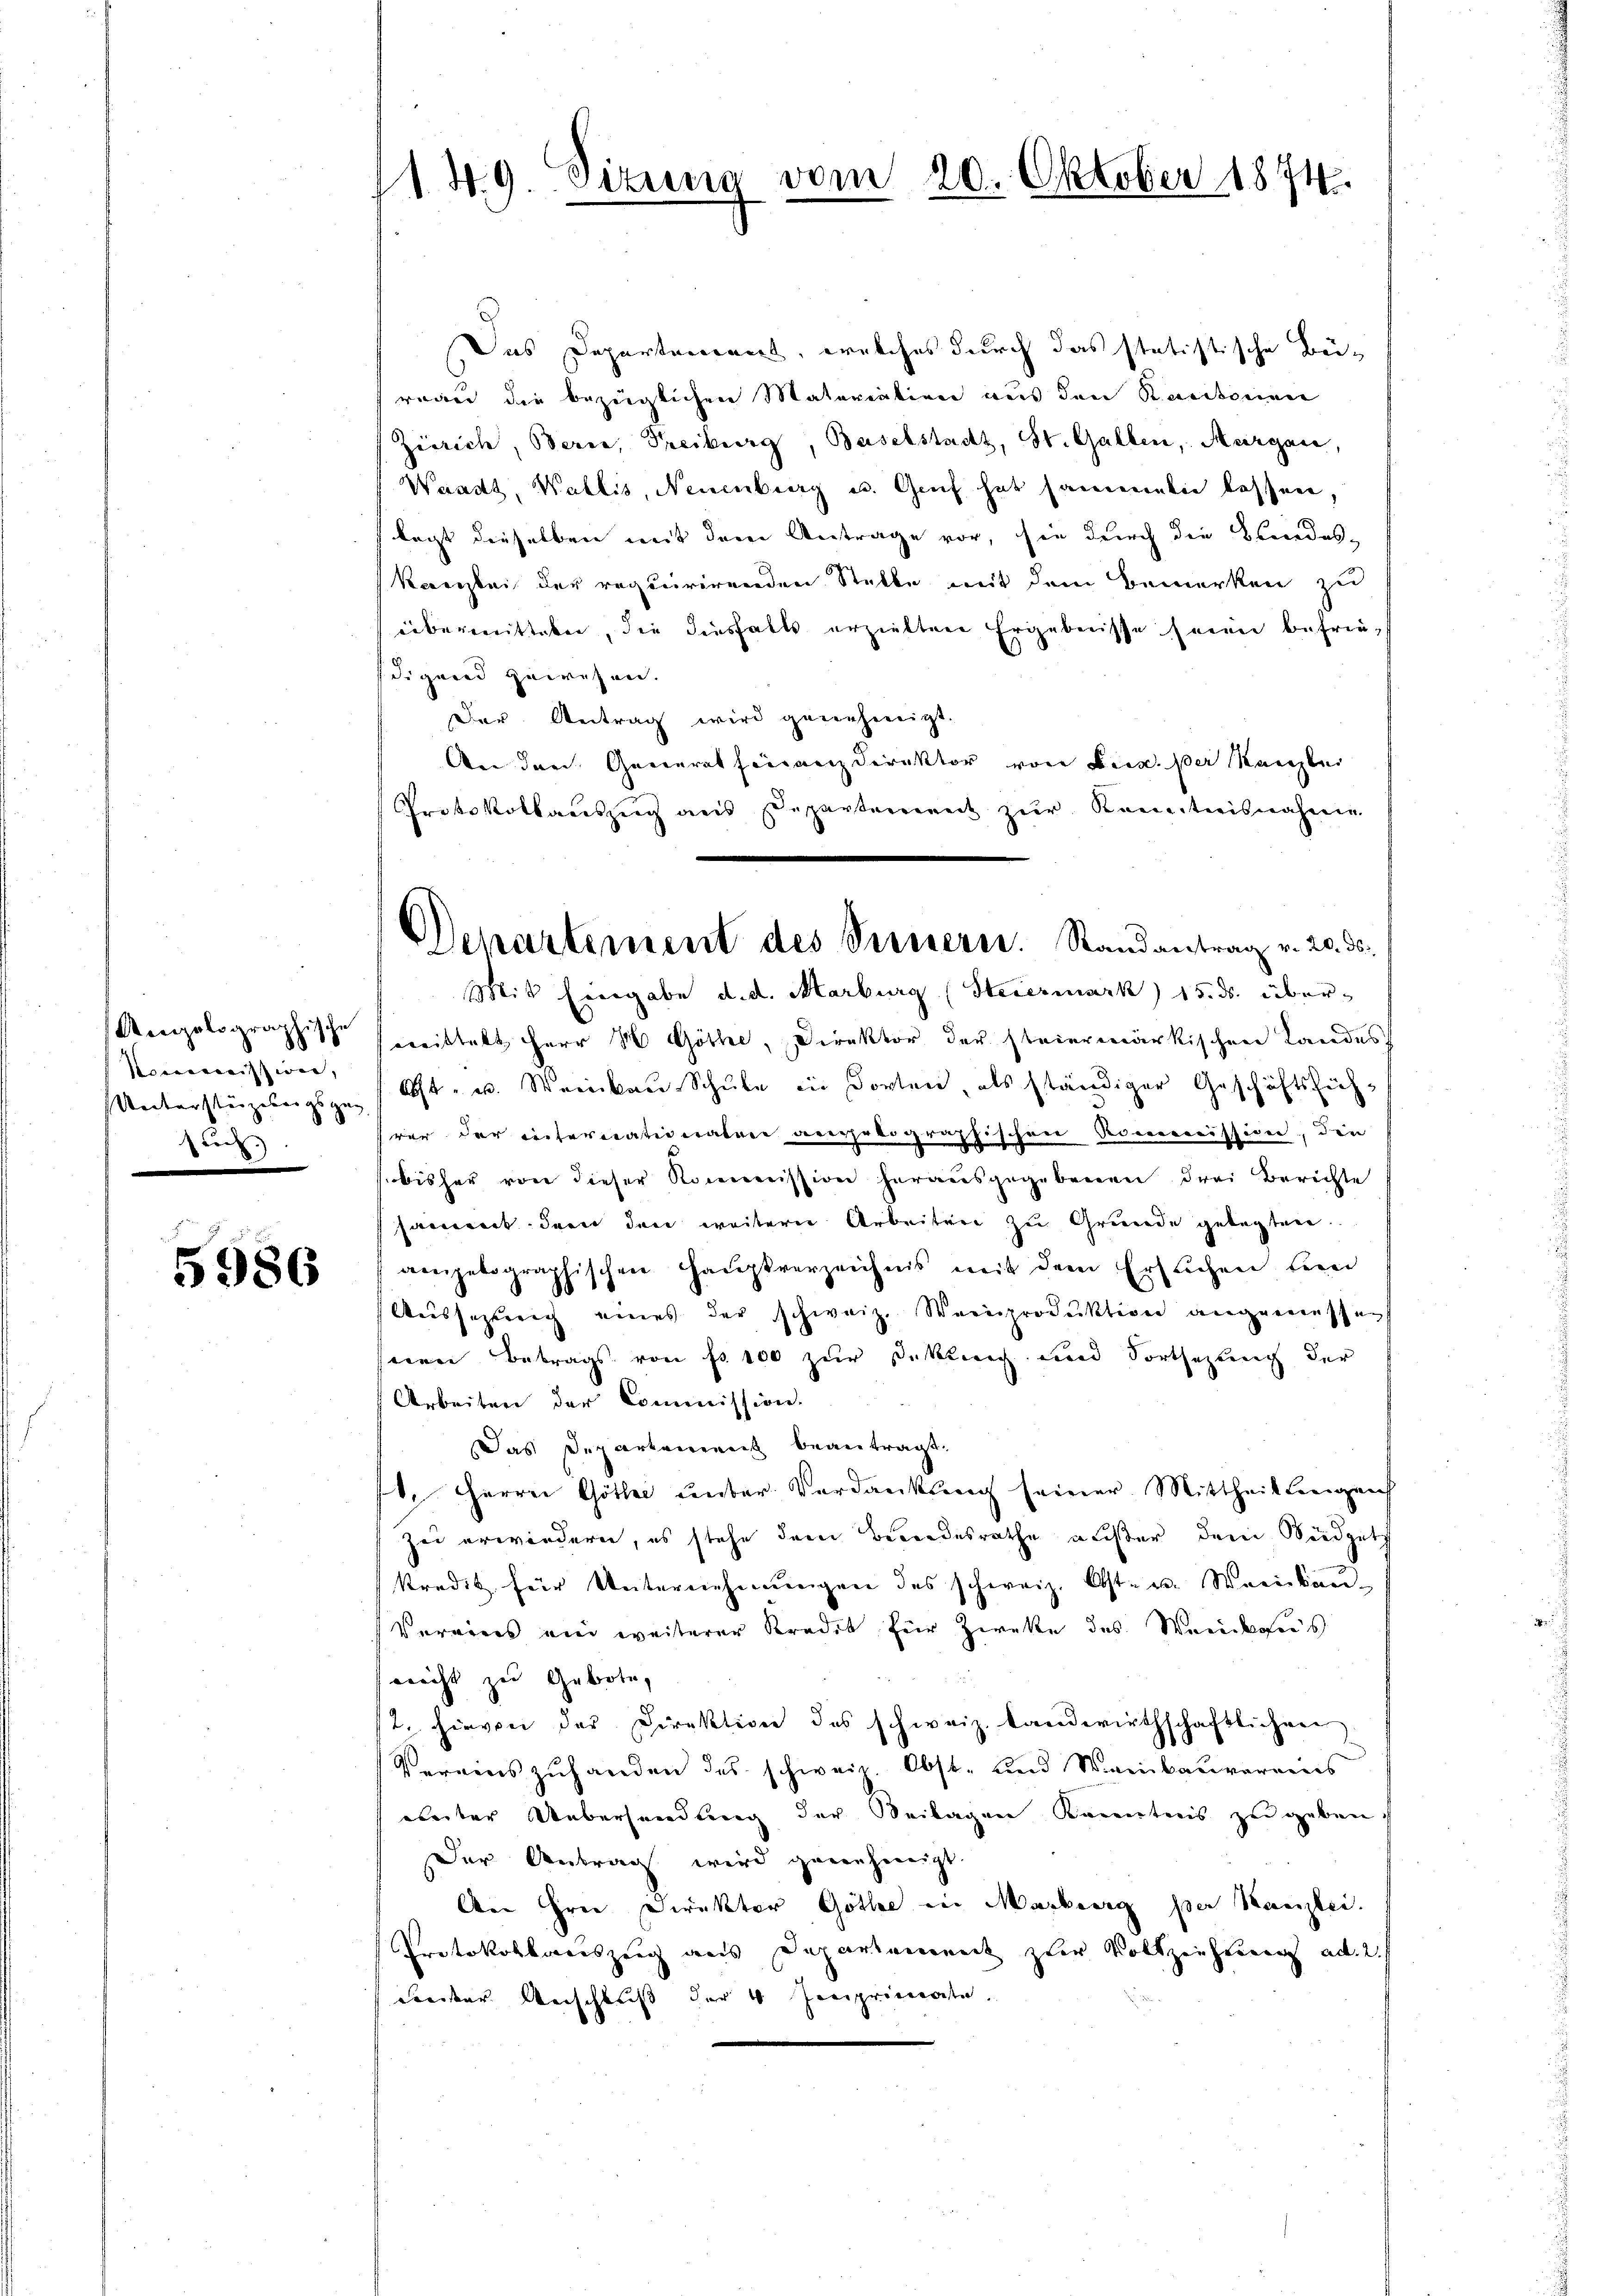
Aeolographische
Pomerweission,
Unterstüzebergs geg
)
e

5986

1149. Dirung

Das Departement, welches durch das statistische Beiwenn die bezüglichen Materiation aus den Kantonen
Zürich, Berne, Treiburg, Baselstadt, St. Gallen, Margau,
Waadt, Wallis, Neuenburg u. Genf hat sammeln lassen,
lagt dieselben mit dem Antrage vor, sie durch die Bundes-
kanzlei der requirirenden Stelle mit dem Bemerken zu
übermitteten, die diesfalls erzielten Ergebnisse seine befriedigend gewesen.
Der Antrag wird genehmigt.
An den Generalheinanzdirektor von Bei der Kanzle
Protokollaŭszŭg ans Departement zŭr Kenntnisnahme
Mit Eingabe d. d. Marburg (Steiermark) 15. ds. über-
crittelt Herr H Göthe, Direktor der steiermärkischen Landes
Ost- u. Streikau Schule in dorten, als ständiger Geschäftsführer der intertationatree angelographischen Kommission, die
bisher von dieser Kommission herausgegebenen drei Berichte
sament denn den weiterer Arbeiten zu Grunde gelegten.
amigetographischen Hauptverzeichnis mit dem Ersuchen sein
Aussagung eines der schweiz. Weinproduktion angemessen
einen Betrags von fr. 100 zur Deklich und Fortsezung der
Arbeiten der Commission.
Das Departement beantragt.
. Herrn Göthe unter Verdankung seiner Mittheillingen
zei erwindern, es stehe dem Bundesrathe außer dem Büdgets
kredit für Unternehmungen des schweiz. Ost- u. Weinkau¬
Vereines ein weiterer Kredit für Zweke des Werdmeis
nicht zu Gebote,
2. Hievon der Direktion des schweiz. Landwirthschaftlichen
Vereinszuhanden des schweiz. Obst- und Weinbauverains
beiter Uebersendung der Beilagen Kenntnis zu geben,
Der Antrag wird genehmigt.
An ihrer Direktor Göthe in Marburg per Kanzlei.
Protokollaceszeig aus Departement zur Vollziehung ad 2.
Frecker. Verschluss der 4 Peciprivate

vom 20. Oktober 1874.

Departement des Vernern. Randantrag v. 20. ds.